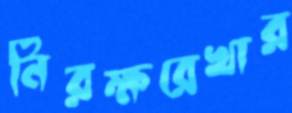
নিরক্ষরেখার